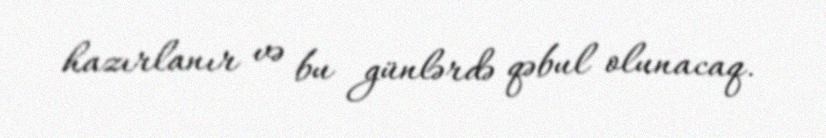
hazırlanır və bu günlərdə qəbul olunacaq.